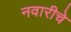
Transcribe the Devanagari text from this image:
नवारीचे